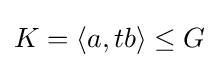
K=\langle a,tb\rangle \leq G